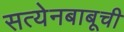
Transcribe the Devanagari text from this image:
सत्येनबाबूची